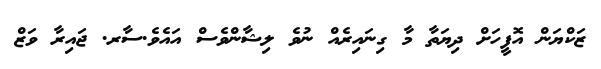
ޒަކްޔަން އޮފީހަށް ދިޔަތާ މާ ގިނައިރެއް ނުވެ ލިޝާންވެސް އައެވެ.ސާރ. ޖައިރާ ވަޒް